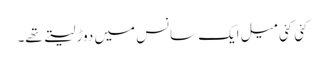
کئی کئی میل ایک سانس میں دوڑ لیتے تھے۔